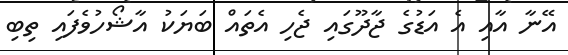
އޭނާ އާއި އެ އަޑުގެ ޖާދޫގައި ޖެހި އެތައް ބަޔަކު އާޝޯހުވެފައި ތިބި